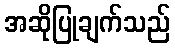
အဆိုပြုချက်သည်